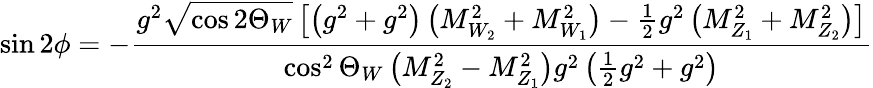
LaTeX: \sin{2\phi}=-\frac{g^{2}\sqrt{\cos{2\Theta_{W}}}\left[\left(g^{2}+g^{2}\right)\left(M_{W_{2}}^{2}+M_{W_{1}}^{2}\right)-\frac{1}{2}g^{2}\left(M_{Z_{1}}^{2}+M_{Z_{2}}^{2}\right)\right]}{\cos^{2}{\Theta_{W}}\left(M_{Z_{2}}^{2}-M_{Z_{1}}^{2}\right)g^{2}\left(\frac{1}{2}g^{2}+g^{2}\right)}